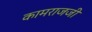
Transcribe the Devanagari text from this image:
कामराजजी